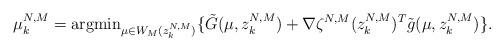
LaTeX: \begin{align*}\mu_k^{N,M} = {\rm argmin}_{\mu\in W_M(z_k^{N,M})}\{\tilde G(\mu, z_k^{N,M}) + \nabla \zeta^{N,M} (z_k^{N,M})^T \tilde g (\mu , z_k^{N,M}) \}.\end{align*}